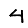
Digit: 4